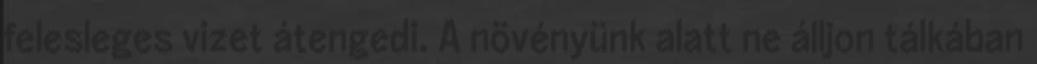
felesleges vizet átengedi. A növényünk alatt ne álljon tálkában